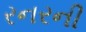
રનરની